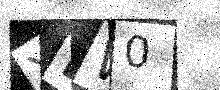
Text: YLW0